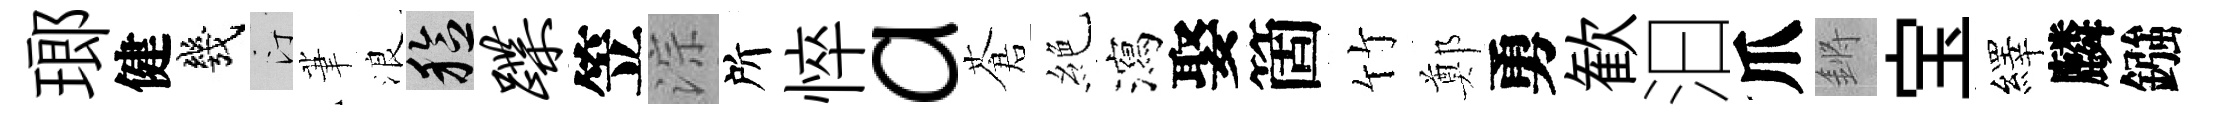
瑯健幾汀茟浪稔蹀笠淙所悴a蒼絶瀉娶箇竹鄭勇歓汩爪鏘宝繹麟鏹